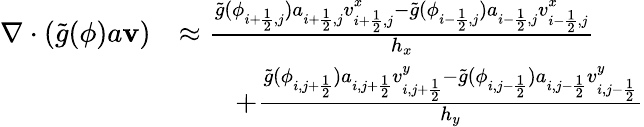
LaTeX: \begin{array}{rl}{\nabla\cdot(\tilde{g}(\phi)a\mathbf{v})}&{\approx\frac{\tilde{g}(\phi_{i+\frac{1}{2},j})a_{i+\frac{1}{2},j}v_{i+\frac{1}{2},j}^{x}-\tilde{g}(\phi_{i-\frac{1}{2},j})a_{i-\frac{1}{2},j}v_{i-\frac{1}{2},j}^{x}}{h_{x}}}\\ &{\qquad+\frac{\tilde{g}(\phi_{i,j+\frac{1}{2}})a_{i,j+\frac{1}{2}}v_{i,j+\frac{1}{2}}^{y}-\tilde{g}(\phi_{i,j-\frac{1}{2}})a_{i,j-\frac{1}{2}}v_{i,j-\frac{1}{2}}^{y}}{h_{y}}}\end{array}